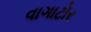
વાગાટોર